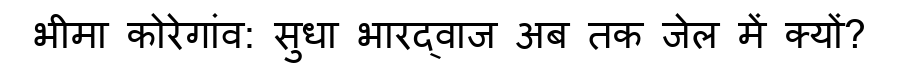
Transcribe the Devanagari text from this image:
भीमा कोरेगांव: सुधा भारद्वाज अब तक जेल में क्यों?